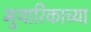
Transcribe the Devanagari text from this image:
मुथारिकाच्या